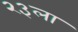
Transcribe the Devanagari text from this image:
२३ला